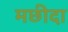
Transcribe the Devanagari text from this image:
मछीदा